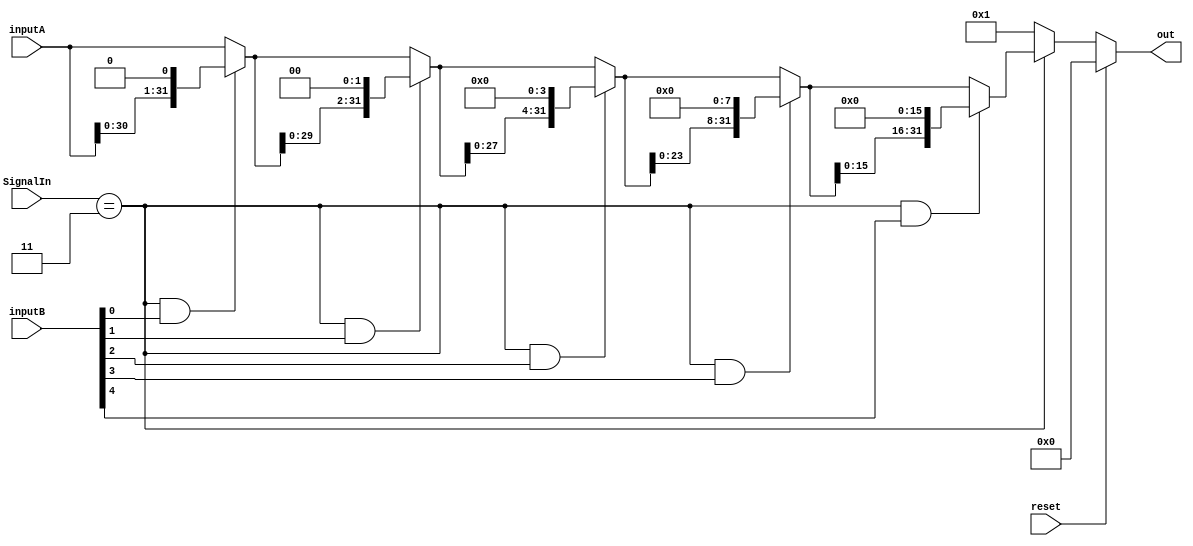
`timescale 1ns/1ns
module Shifter( out, inputA, inputB, SignalIn, reset ) ;
	input [3:0] SignalIn ;
	input [31:0] inputA, inputB ;
	output [31:0] out ;
	input reset ;
	
	wire [31:0] temp0, temp1, temp2, temp3, temp4, temp5 ;
    parameter ADD = 4'b0010;
    parameter SUB = 4'b0110;
    parameter AND = 4'b0000;
    parameter OR  = 4'b0001;
    parameter SLT = 4'b0111;
    parameter SLL = 4'b0011;
	parameter DIVU= 4'b0100;

	assign temp0 = ( ( SignalIn == SLL ) && inputB[0] == 1 ) ? { inputA[30:0], 1'b0 } : inputA ;
	assign temp1 = ( ( SignalIn == SLL ) && inputB[1] == 1 ) ? { temp0[29:0], 2'b0 } : temp0 ;
	assign temp2 = ( ( SignalIn == SLL ) && inputB[2] == 1 ) ? { temp1[27:0], 4'b0 } : temp1;
	assign temp3 = ( ( SignalIn == SLL ) && inputB[3] == 1 ) ? { temp2[23:0], 8'b0 } : temp2 ;
	assign temp4 = ( ( SignalIn == SLL ) && inputB[4] == 1 ) ? { temp3[15:0], 16'b0 } : temp3 ;

	assign out = ( reset == 1 ) ? 32'b0 : ( SignalIn == SLL ) ? temp4 : 32'b1 ;

endmodule